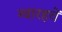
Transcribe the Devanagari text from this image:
ग्वारहवें